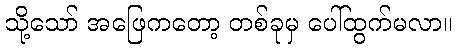
သို့သော် အဖြေကတော့ တစ်ခုမှ ပေါ်ထွက်မလာ။